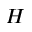
H